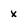
Character: x